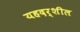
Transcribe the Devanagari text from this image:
यहदर्शील